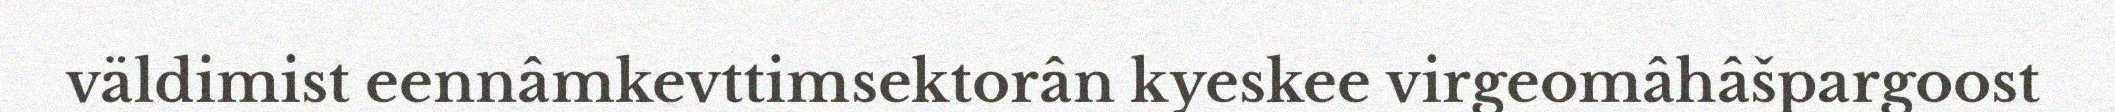
väldimist eennâmkevttimsektorân kyeskee virgeomâhâšpargoost